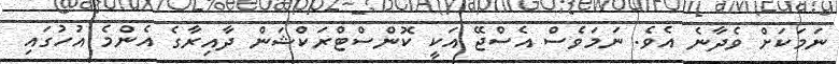
ނަމަކަށް ވެދާނެ އެވެ. ނަމަވެސް އެސްޖޭ އަކީ ކޮންސްޓްރަކްޝަން ދާއިރާގެ އެންމެ އުހުގައި